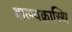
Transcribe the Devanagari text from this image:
बालवक्रास्थि